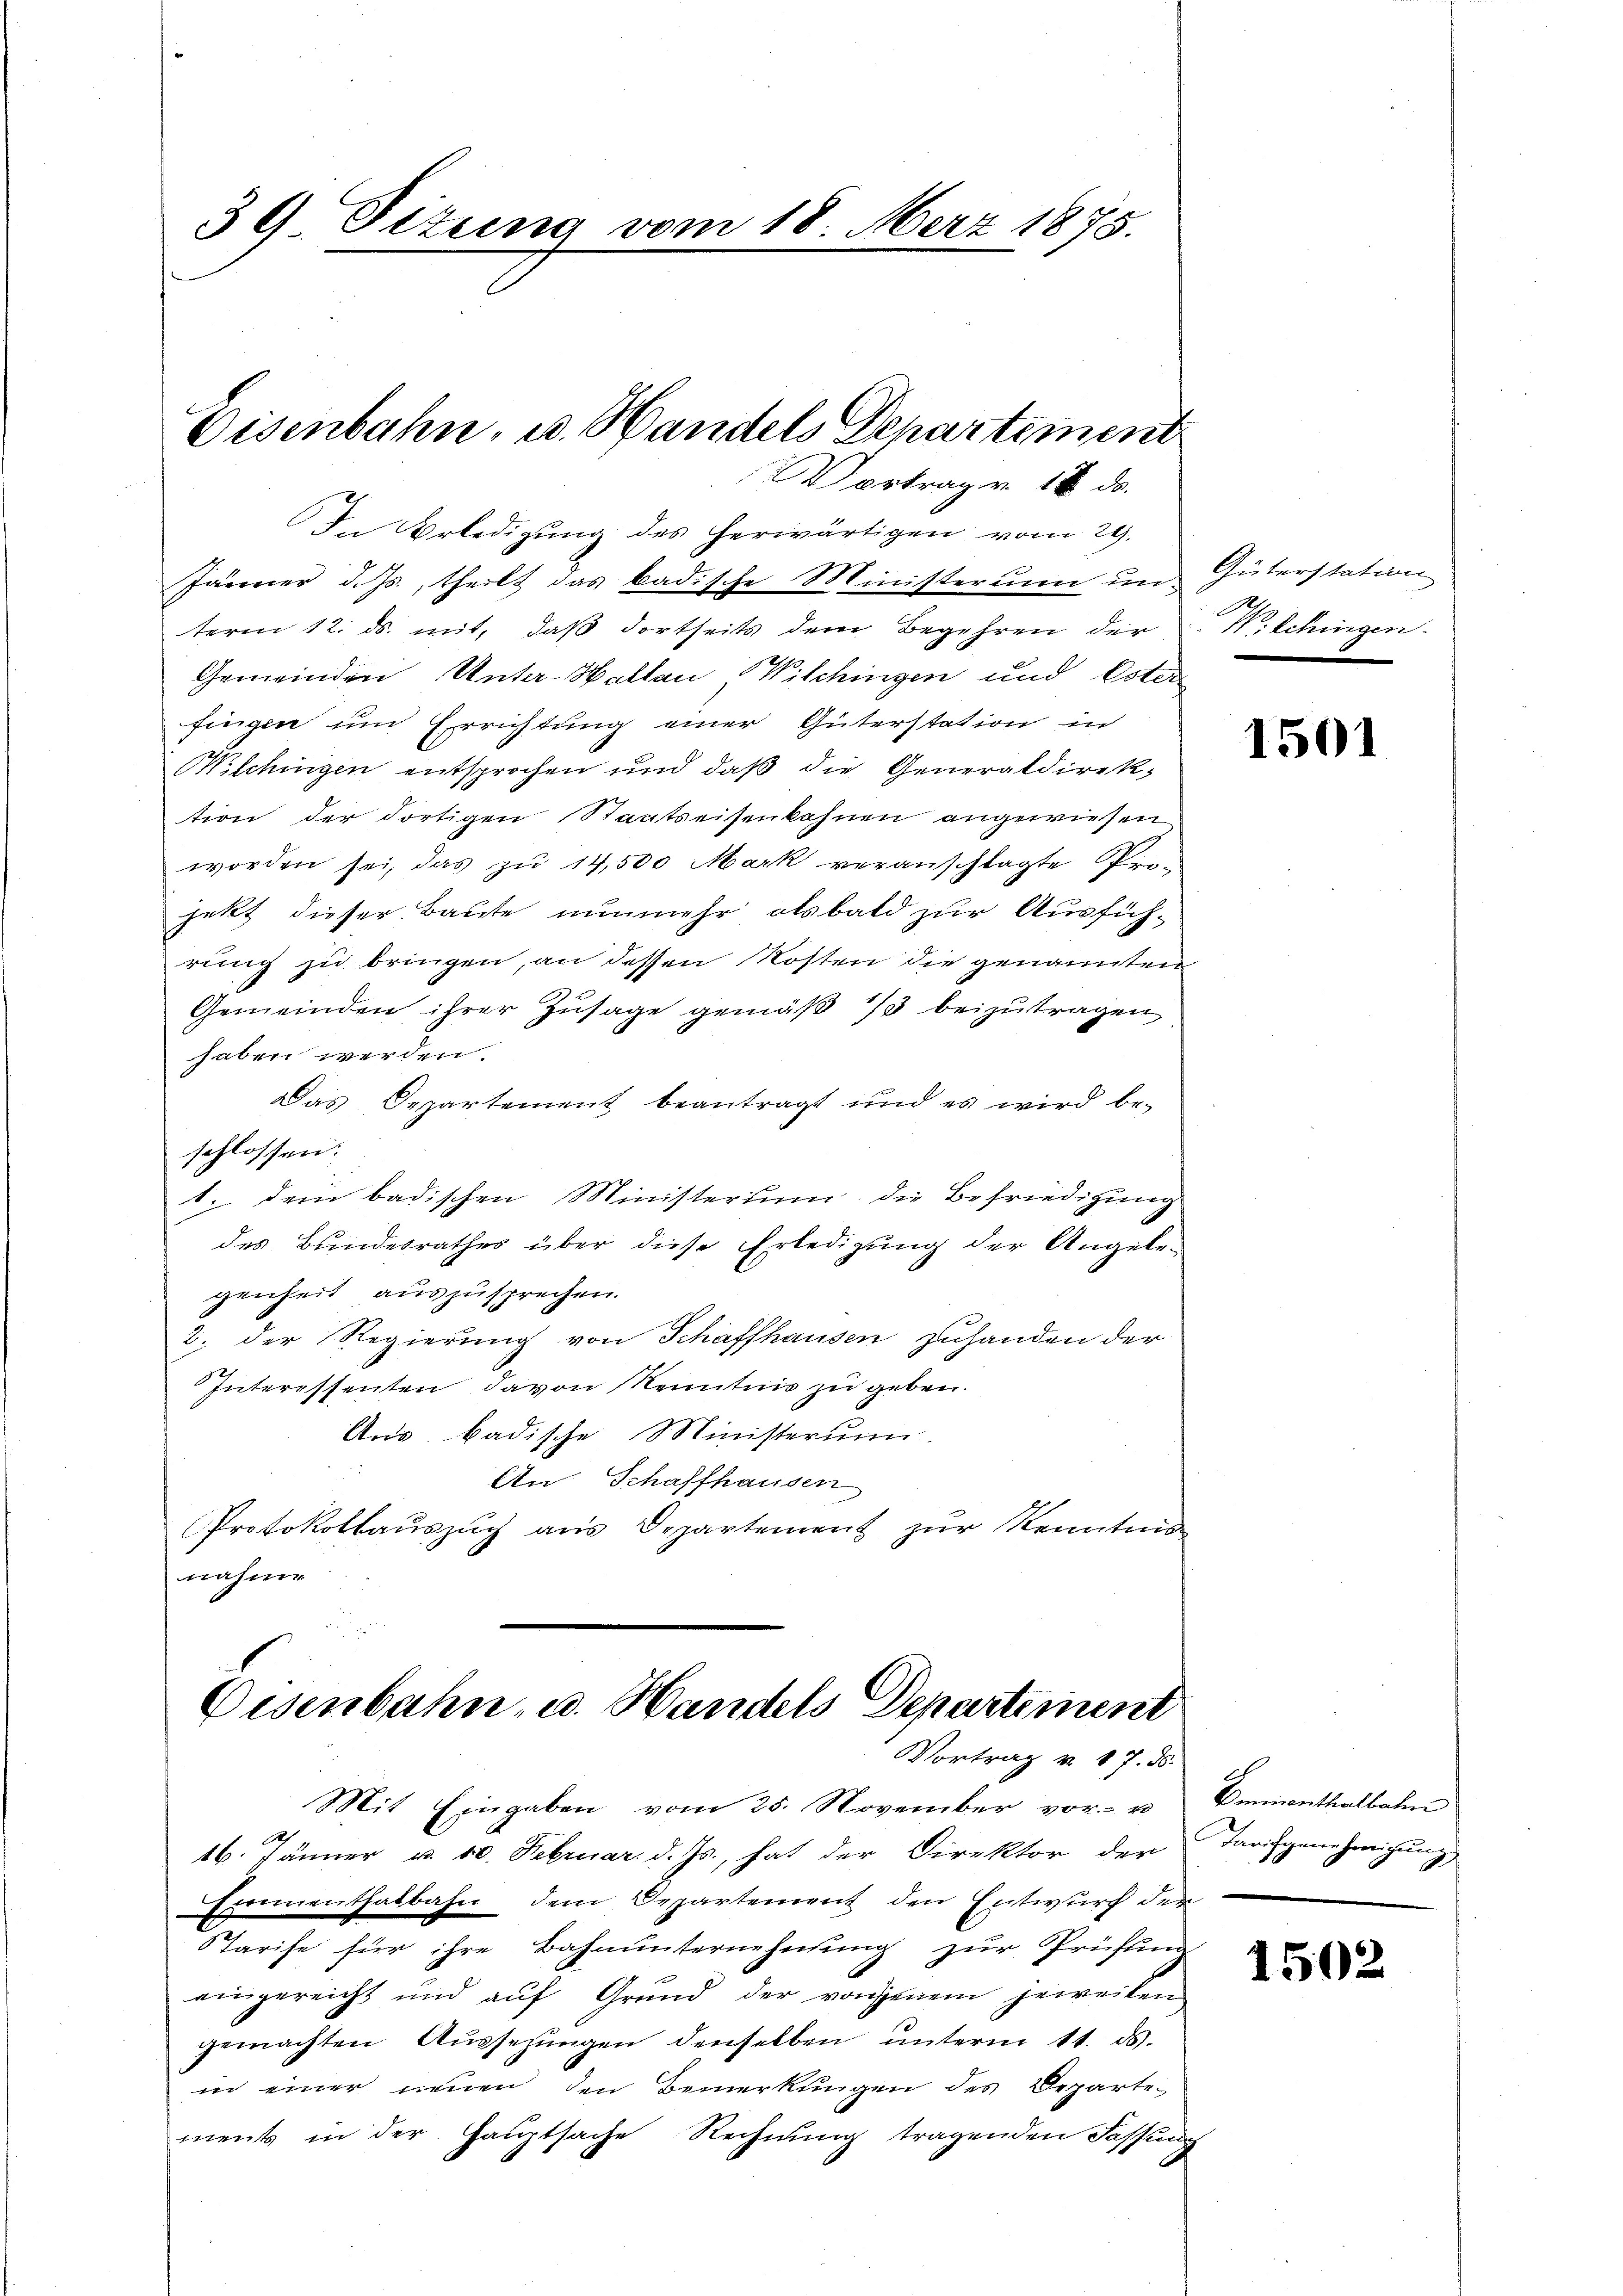
39 Dizung vom 18. Merz 1875.

Disenbahn, u. Handels Departement
Vortrag v. 18. ds.

In Erledigŭng des herwärtigen vom 29.
Jänner d. Js., theilt das badische Ministerium un-
term 12. ds. mit, daß dortseits dem Begehren der
Gemeinden Unter-Walten Wilchingen und Ester
fingen und Errichtung einer Güterstation in
Wilchingen entsprochen und daß die Generaldirektion der dortigen Staatseisenkohnen angewiesen
worden sei, das zu 14,500 Mark veranschlagte Prejekt dieser Baute nunmehr alsbald zur Ausführung zu bringen, an dessen Kosten die genannten
Gemeinden ihrer Zusage gemäß 1/3 beizutragen
haben werden.
Das Departement beantragt und es wird be-
schlossen:
 Dein badischen Ministerium die Befriedigung
des Bundesrathes über diese Erledigung der Angebe-
genheit auszusprechen.
2. der Regierung von Schaffhausen zuhanden der
Interessenten davon Kenntnis zu geben.
Aus badische Ministerium
An Schaffhausen
Protokollauszug aus Departement zur Kenntnis
nahme

Eisenbahn- u. Handels Departement
Vortrag v. 87. ds.

Güterstation
e
Nitchingen.

Mit Eingaben vom 25. November vor- u. Emmenthalbahn
R
16. Jänner u. 10. Februar d. Js., hat der Direktor der Darigenehmigŭng
Erimenthalbahn, dem Departement den Entwurf der
STarife für ihre Bahnunternehmung zur Prüffung
eingereicht und aŭf Grŭnd der von jenem jeweiben
gemachten Aŭssetzŭngen denselben unterm 11. ds.
in einer neuen den Bemerkungen des Departe-
ment in der Hauptsache Rechnung tragenden Fassung

1501

1502